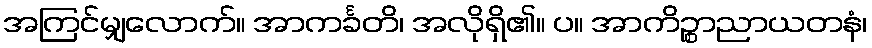
အကြင်မျှလောက်။ အာကင်္ခတိ၊ အလိုရှိ၏။ ပ။ အာကိဉ္စာညာယတနံ၊